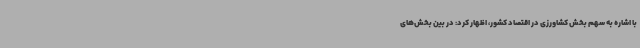
با اشاره به سهم بخش کشاورزی در اقتصاد کشور، اظهار کرد: در بین بخش‌های